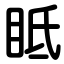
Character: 眡